Sketch of the medical history of the native army of Bombay, for the year
Year: 1870
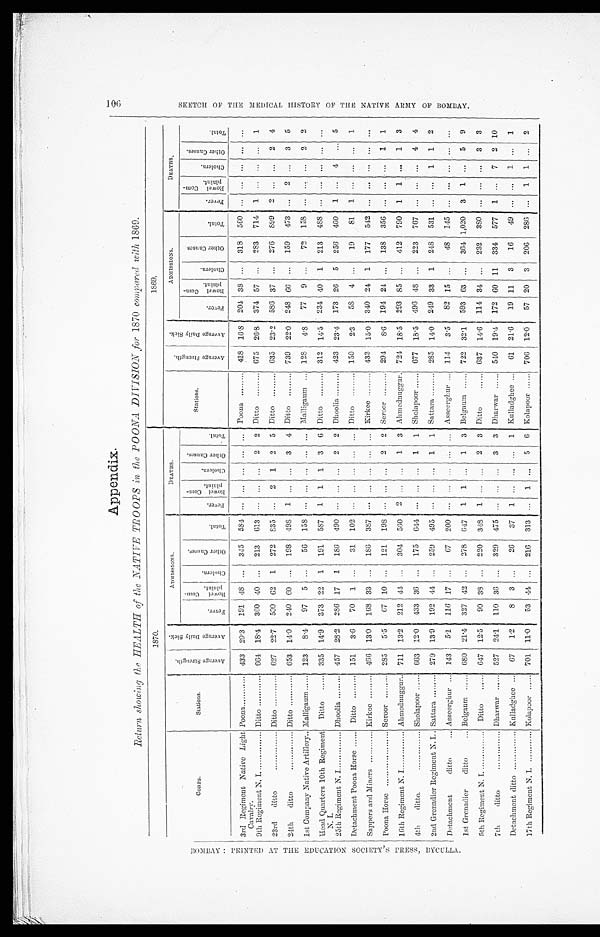
BOMBAY:nPRINTED ATTHEEDUCATION SOCIETY'S PRESS BYCULLA..
Appendix.
Return showing the HEALTH of the NATIVE TROOPS in the POONA DIVISION for 1870 compared with 1869.
1870.
1869.
C O R P S .
Stations.
A v e r a g e S t r e n g t h .
A v e r a g e D a i l y s i c k .
A D M I S S I O N S .
D E A T H S .
Stations.
A v e r a g e S t r e n g t h .
A v e r a g e D a i l y s i c k .
ADMISSIONS.
D E A T H S .
F e v e r .
B o w e l C o m - p l a i n t .
C h o l e r a .
O t h e r C a u s e s .
T o t a l .
F e v e r .
B o w e l C o m - p l a i n t .
c h o l e r a .
O t h e r c a u s e s .
T o t a l .
F e v e r .
B o w e l C o m - p l a i n t .
C h o l e r a .
O t h e r c a u s e s .
T o t a l .
F e v e r .
B o w e l C o m - p l a i n t .
C h o l e r a .
O t h e r c a u s e s .
T o t a l .
3rd
Regiment Native Light
Cavalry.
Poona
433 20.3 191 48 ..
345 584 ...
. . .
...
...
. . .
Poona. ...... ... 418 16 .8 204 38 ... 318 560
. . . ... ... ...
. . .
9th Regiment N. I.
Ditto
664 18.4 360 40 ... 213
6 1 3 . . . ... ...
2 2 Ditto ..... ... 675 26.8 374 57 ...
283 714
1
. . .
. . .
. . .
1
23rd di t t o . . . . . . . . . . . .
Ditto
627 22.7 500 62 1 272 835
. . . 2 1 2 5 Ditto ... ..... 635 23.2 586 37 ...
276 899 2 ... ... 2 4
24th ditto
.
Ditto
653 14.0 240
6 0
. . . 198 498
1
. . . . . . 3
4 Ditto
739 22.0 248 66 ... 159 473
. . . 2 ...
3 5
1st Company Native Artillery.. Malligaum ...... 123
8.4
97 5 ...
56 158
. . . ... ... ...
. . . Malligaum...
128
4.8 77 9 ...
72
158
. . .
. . . ... 2 2
Head Quarters 10th Regiment
N. I.
Ditto ...... 335 14.9 373 22 1 191 587
1 1 1 3
6 Ditto
312 14.5 234 40 1 213 488
. . . ...
. . .
. . . . . .
25th Regiment N. I
Dhoolia
457 28.2 286 17
1
186 49
. . . ... ...
2
2 Dhoolia ......... 423 23.4 173 26 5 256 460 1 ... 4
. . . 5
Detachment Poona Horse
Ditto
151
3.6
70 1
. . . 31 102
. . .
. . . . . . ...
. . . Ditto
150
2.3
58 4 ...
19
81
1
...
...
...
1
Sappers and Miners ............ Kirkee
466 13.0 168 33 ... 186 387 . . .
... ... ... ... Kirkee ....... 433 15.0 340 24 1 177 542 ... ... ... ... . . .
Poona Horse
Seroor
285
5.5
67 10 ... 121 198 . . .
. . . . . . 2 2 Seroor
294
8 . 6 194 2 ... 138 356 ... ... ...
1 1
16th Regiment N. I
Ahmednuggur.. 711 13.2 212 44 ... 304 560 2 ... ... 1 3 Ahmednuggur. 724 18.5 293 85
. . . 412 790 1 1
. . . 1 3
4th
ditto.
Sholapoor ...... 663 12.0 433 36 ... 175 644
. . . ...
. . . 1 1 Sholapoor ...... 677 18.5 496 48 ... 223 767 ... ... ... 4 4
2nd Grenadier Regiment N. I Sattara .......
279 13.9 192 44 ... 259 495
. . . ... ... 1 1 Sattara
285
14.0
249 33 1 248 531 ... ... 1 1 2
Detachment
ditto
... Asseerghur
143
5.1 116 17 ...
67 200
. . . ... ...
. . . ... Asseerghur
114
3.5
82 15 ...
48
145
...
...
...
. . . . . .
1st Grenadier
ditto
... Belgaurn
680 21.4 327 42 ... 278
6 4 7 1 1
. . .
1
3 Belgaum ..... . 722 32.1 593 63 ... 364 1,020 3 1 ...
5 9
5th Regiment N. I.
Ditto
.... 647 12.5
90 38 ... 220 348 1
. . . . . . 2 3 Ditto
...... 637 14.0 114 34 ... 232 380 ... ... ... 3 3
7th. ditto
Dharwar ..... 527 24.1 110 36 ... 329 475
. . . ... ... 3 3 Dharwar
. . . . . . 540 19.4 172 60 11 334 577 1 ...
7 2 10
Detachment ditto ...... ........ Kulladghee
6 7 1.2
8 3 ...
26 37 1 ... ... ... 1 Kulladghee ... 61 21.6 19 11 3
16
49 ... ... 1 ... 1
17th Regiment N. I . . .....
Kolapoor ...... 701 11.0
53 44 ... 216 313
. . .
1 ... 5 6 Kolapoor ...... 706 12.0 57 20 3 206 286 ... 1 1 ... 2
1 0 6 S K E T C H O F T H E M E D I C A L H I S T O R Y O F T H E N A T I V E A R M Y O F B O M A Y .